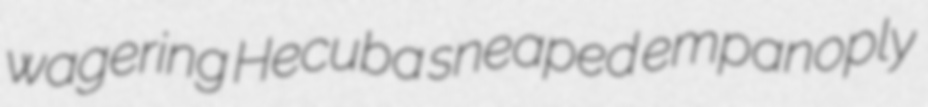
wagering Hecuba sneaped empanoply